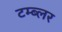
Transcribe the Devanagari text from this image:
टम्ब्लर